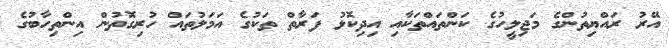
އޭރު ރައްޔިތުންގެ މަޖިލީހުގެ ކަންތައްތަކާއި އިދިކޮޅު ފަރާތް ތަކުގެ އަމަލުތައް ހުރިގޮތުން އިންތިހާބުގެ